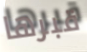
قبرها